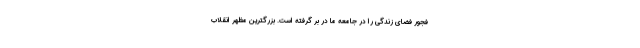
فجور فضای زندگی را در جامعه ما در بر گرفته است. بزرگترین مظهر انقلاب